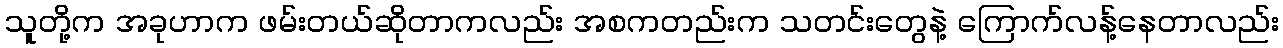
သူတို့က အခုဟာက ဖမ်းတယ်ဆိုတာကလည်း အစကတည်းက သတင်းတွေနဲ့ ကြောက်လန့်နေတာလည်း